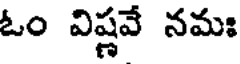
ఓం విష్ణవే నమః